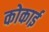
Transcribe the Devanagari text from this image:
कोकाई